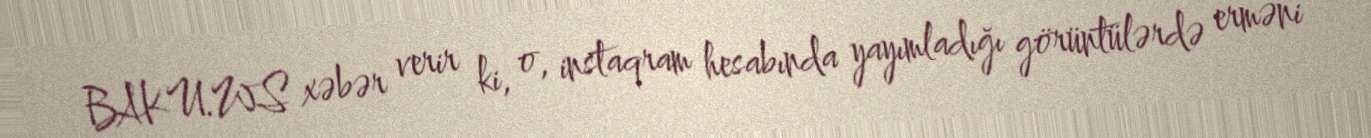
BAKU.WS xəbər verir ki, o, instaqram hesabında yayımladığı görüntülərdə erməni